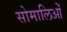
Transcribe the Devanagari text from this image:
सोमालिओं